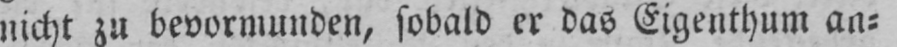
nicht zu bevormunden, sobald er das Eigenthum an⸗